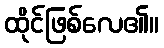
ထိုင်ဖြစ်လေ၏။